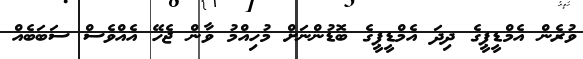
ވުރެން އެމްޑީޕީގެ ދިދަ އެމްޑީޕީގެ ބޮޑުންނަށް މުހިއްމު ވާން ޖެހޭ އެއްވެސް ސަބަބެއް